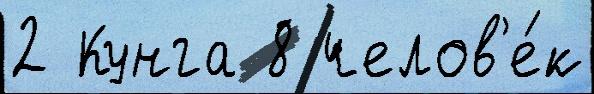
2 Кунга 8 челов'е́к